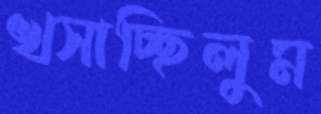
খসাচ্ছিলুম